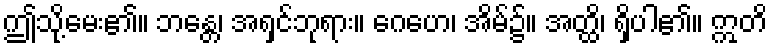
ဤသို့မေး၏။ ဘန္တေ၊ အရှင်ဘုရား။ ဂေဟေ၊ အိမ်၌။ အတ္ထိ၊ ရှိပါ၏။ ဣတိ